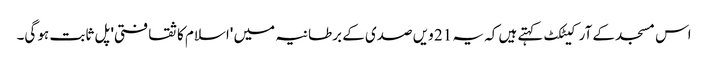
اس مسجد کے آرکیٹکٹ کہتے ہیں کہ یہ 21 ویں صدی کے برطانیہ میں 'اسلام کا ثقافتی' پل ثابت ہو گی۔